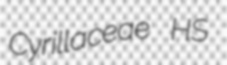
Cyrillaceae HS